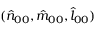
( \hat { n } _ { 0 0 } , \hat { m } _ { 0 0 } , \hat { l } _ { 0 0 } )